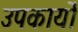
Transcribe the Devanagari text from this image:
उपकार्यों